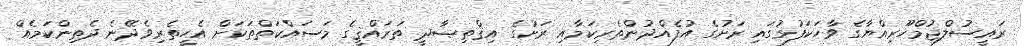
ރައީސުލްޖުމްހޫރިއްޔާގެ ވާހަކަފުޅުގައި ރަށުގެ އުފެއްދުންތެރިކަމާއި ރަށުގެ އިޤްތިޞާދީ ތަރައްޤީގެ މަސައްކަތްތަކަށް އެހީތެރިވެދޭނެ ދެތިންކަމެއް